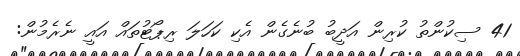
41 ސިކުންތު ކުރިން އަދީބު ބުނެގެން އެކި ކަހަލަ ރިޕޯޓުތައް އައީ ނެރެމުން: